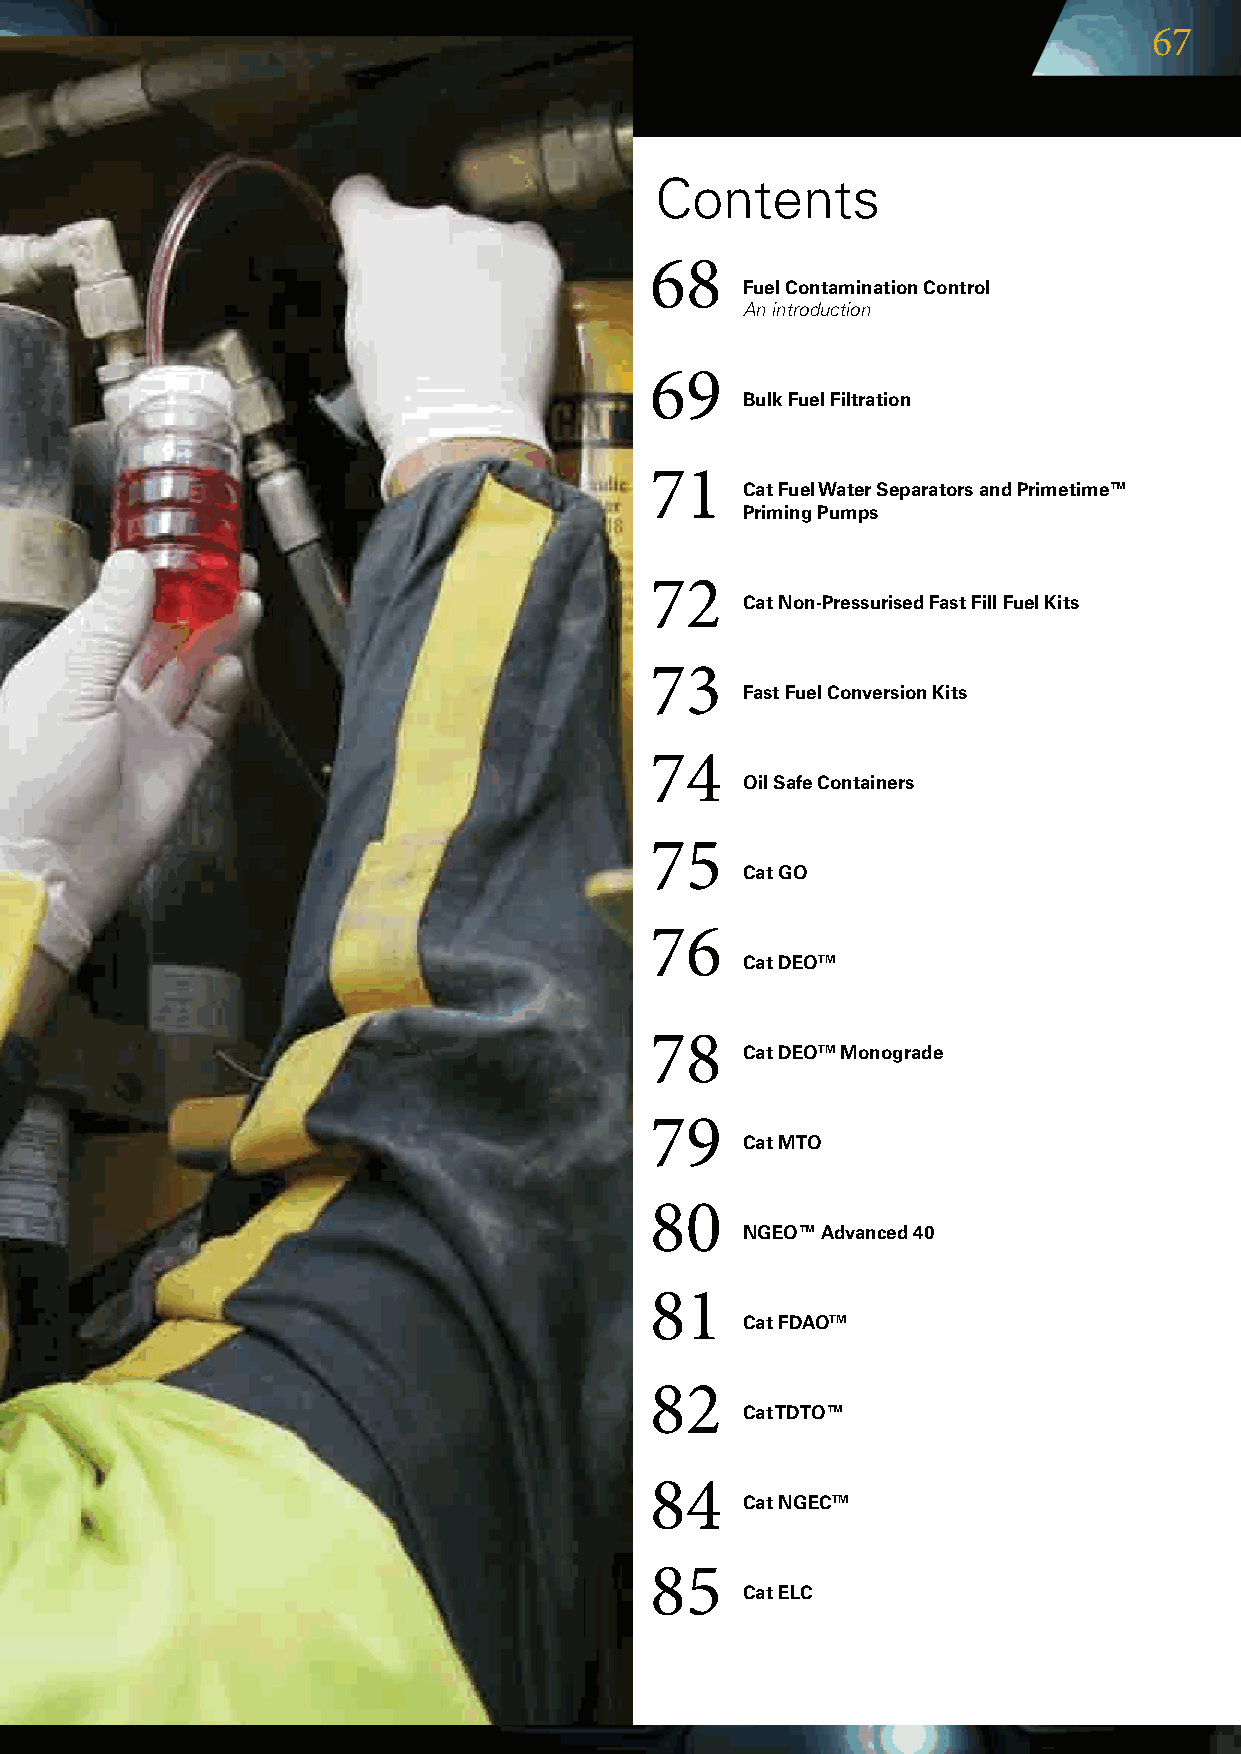
67
 Contents
 68
 Fuel Contamination Control
 An introduction
 69
 Bulk Fuel Filtration
 71
 Cat Fuel Water Separators and Primetime™
 Priming Pumps
 72
 Cat Non-Pressurised Fast Fill Fuel Kits
 73
 Fast Fuel Conversion Kits
 74
 Oil Safe Containers
 75
 Cat GO
 76
 Cat DEOTM
 78
 Cat DEOTM Monograde
 79
 Cat MTO
 80
 NGEO™ Advanced 40
 81
 Cat FDAOTM
 82
 Cat TDTO™
 84
 Cat NGECTM
 85
 Cat ELC